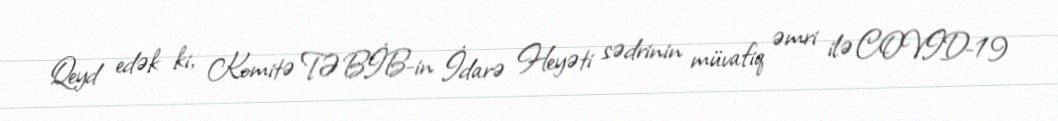
Qeyd edək ki, Komitə TƏBİB-in İdarə Heyəti sədrinin müvafiq əmri ilə COVID-19